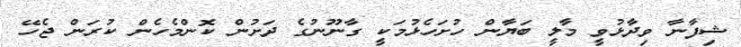
ޝިފާނާ ވިދާޅުވީ މާލީ ބަޔާން ހުށަހެޅުމަކީ ގާނޫނުގެ ދަށުން ކޮންމެހެން ކުރަން ޖެހޭ